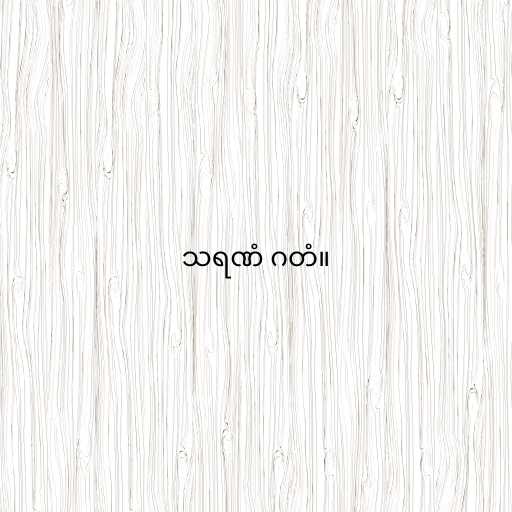
သရဏံ ဂတံ။